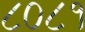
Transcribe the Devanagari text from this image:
८०८१